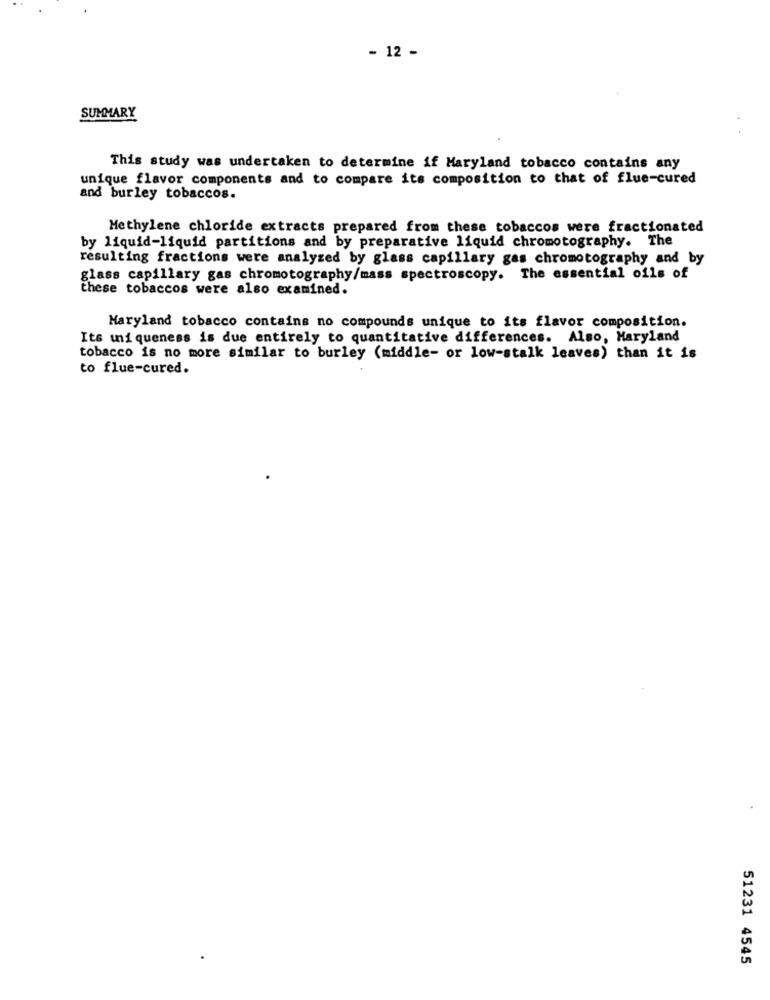
- 12 -
SUMMARY
This study was undertaken to determine if Maryland tobacco contains any
unique flavor components and to compare its composition to that of flue-cured
and burley tobaccos.
Methylene chloride extracts prepared from these tobaccos were fractionated
by liquid-liquid partitions and by preparative liquid chromotography. The
resulting fractions were analyzed by glass capillary gas chromotography and by
glass capillary gas chromotography/mass spectroscopy. The essential oils of
these tobaccos were also examined.
Maryland tobacco contains no compounds unique to its flavor composition.
Its uniqueness is due entirely to quantitative differences. Also, Maryland
tobacco is no more similar to burley (middle- or low-stalk leaves) than it is
to flue-cured.
51231 4545